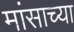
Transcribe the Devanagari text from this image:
मांसाच्या